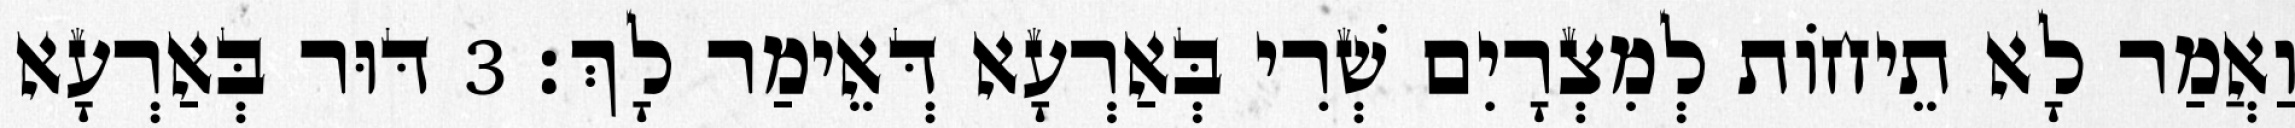
וַאֲמַר לָא תֵיחוֹת לְמִצְרָיִם שְׁרִי בְּאַרְעָא דְּאֵימַר לָךְ׃ 3 דּוּר בְּאַרְעָא